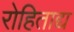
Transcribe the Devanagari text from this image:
रोहिताद्य